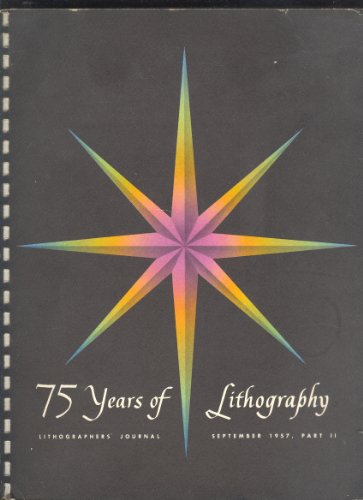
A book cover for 75 Years of Lithography 1882-1957 Part II; Arts & Photography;